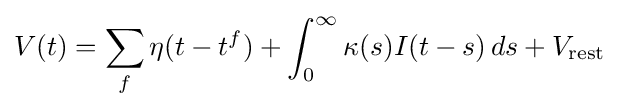
V(t)=\sum _{f}\eta (t-t^{f})+\int _{0}^{\infty }\kappa (s)I(t-s)\,ds+V_{\mathrm {rest} }